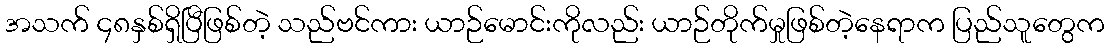
အသက် ၄၈နှစ်ရှိပြီဖြစ်တဲ့ သည်ဗင်ကား ယာဉ်မောင်းကိုလည်း ယာဉ်တိုက်မှုဖြစ်တဲ့နေရာက ပြည်သူတွေက